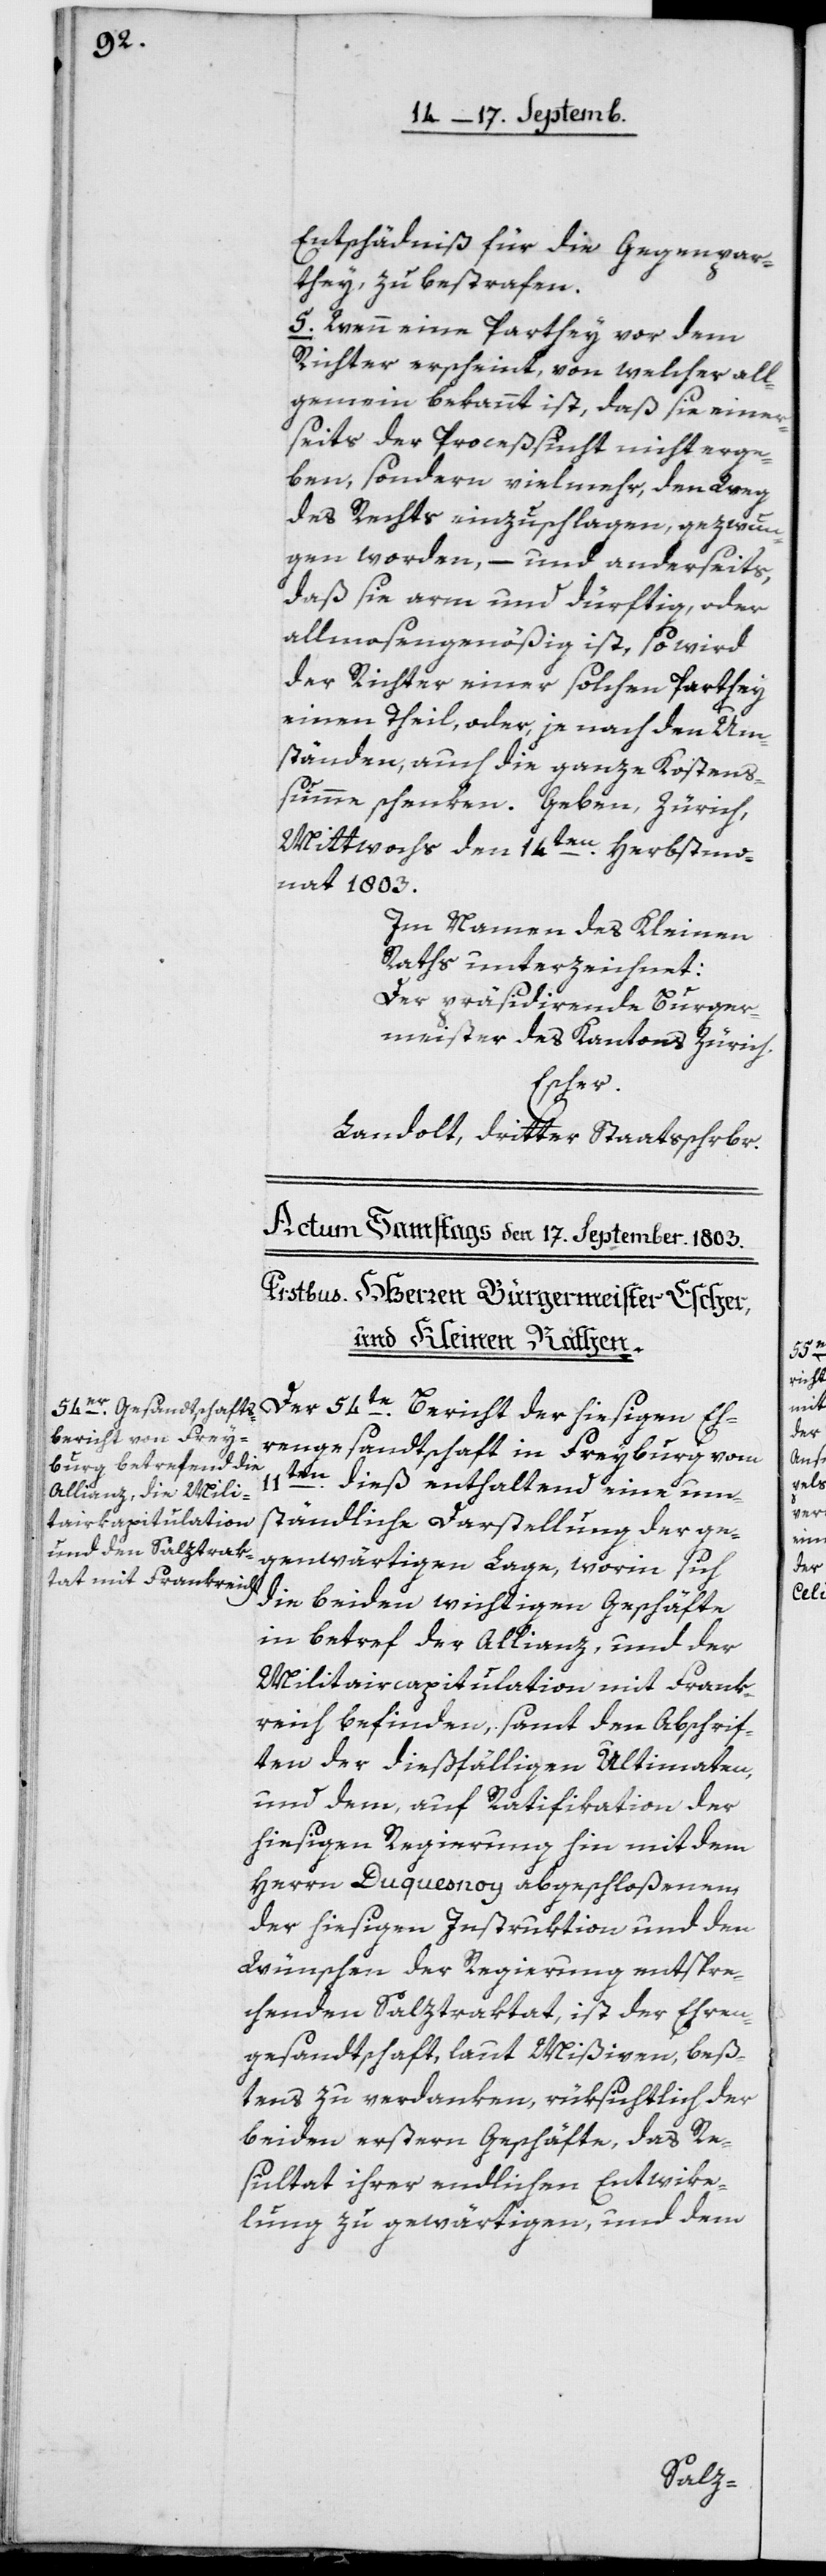
Entschädniß für die Gegenpar¬
they zu bestrafen.
5. Wenn eine Parthey vor dem
Richter erscheint, von welcher all¬
gemein bekannt ist, daß sie einer¬
seits der Proceßsucht nicht erge¬
ben, sondern vielmehr den Weg
des Rechts einzuschlagen, gezwun¬
gen worden, – und anderseits,
daß sie arm und dürftig oder
almosengenößig ist, so wird
der Richter einer solchen Parthey
einen Theil, oder je nach den Um¬
ständen, auch die ganze Kostens¬
Mittwochs den 14ten Herbstmo¬
nat 1803.
Im Namen des Kleinen
Raths unterzeichnet:
Der präsidirende Burger¬
meister des Kantons Zürich,
Escher.
Landolt, dritter Staatsschreiber.
Ehrengesandtschaft in Freyburg vom
11ten dieß enthaltend eine um¬
ständliche Darstellung der ge¬
genwärtigen Lage, worin sich
die beiden wichtigen Geschäfte
in Betref der Allianz, und der
Militaircapitulation mit Frank¬
reich befinden, samt den Abschrif¬
ten der dießfälligen Ultimaten,
und dem, auf Ratifikation der
hiesigen Regierung hin mit dem
Herrn Duquesnoy abgeschloßenen,
der hiesigen Instruktion und den
Wünschen der Regierung entspre¬
chenden Salztraktat, ist der Ehren¬
gesandtschaft laut Mißiven beß¬
tens zu verdanken, rüksichtlich der
beiden erstern Geschäfte, das Re¬
sultat ihrer endlichen Entwike¬
lung zu gewärtigen, und dem
summe